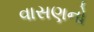
વાસણનો